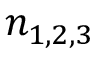
n _ { 1 , 2 , 3 }